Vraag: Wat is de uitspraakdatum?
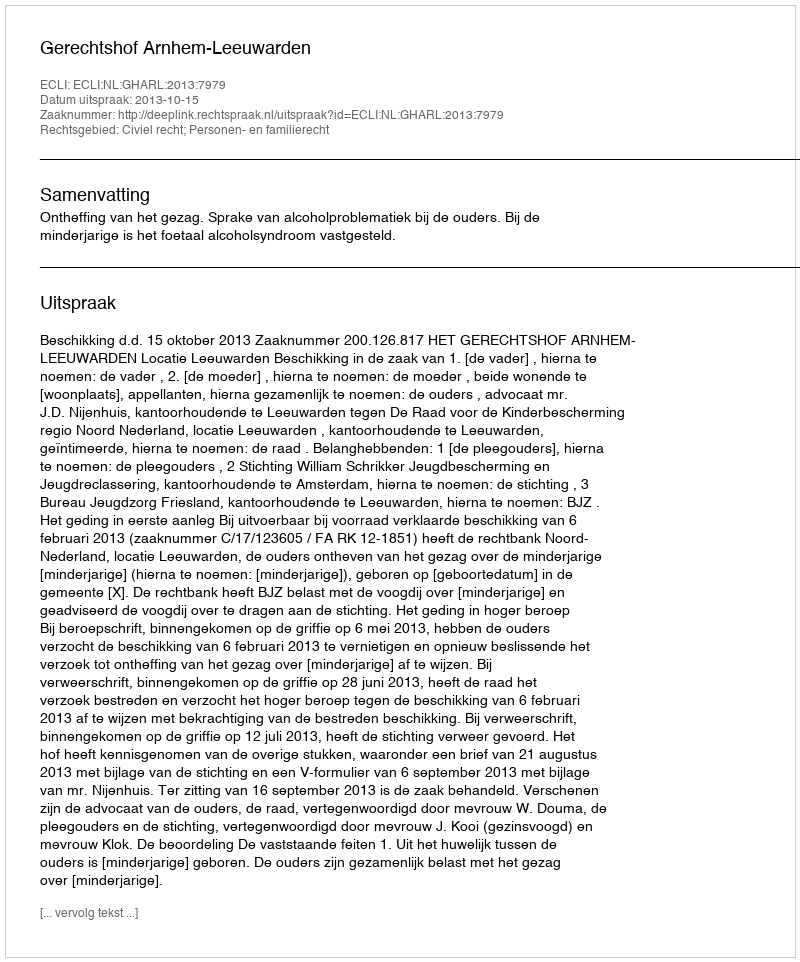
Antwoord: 2013-10-15